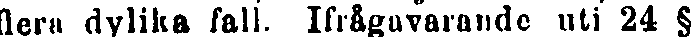
flera dylika fall. Ifrågavarande uti 24 §